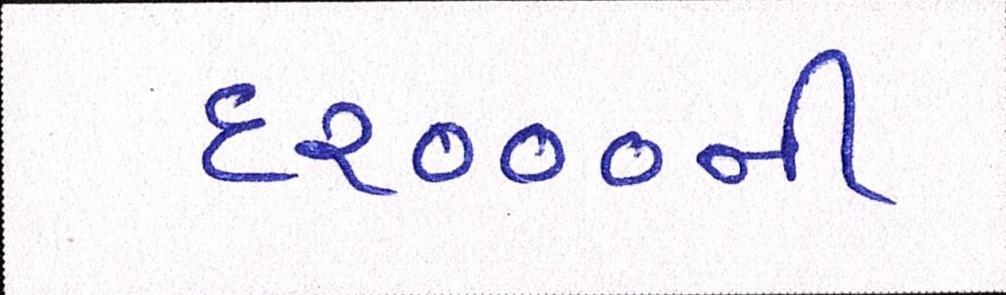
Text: ૬૨૦૦૦ની